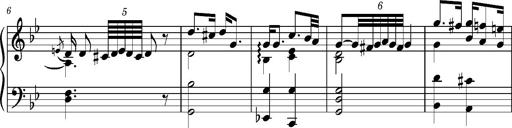
Title: Ungarischer Romanzero
Composer: Franz Liszt